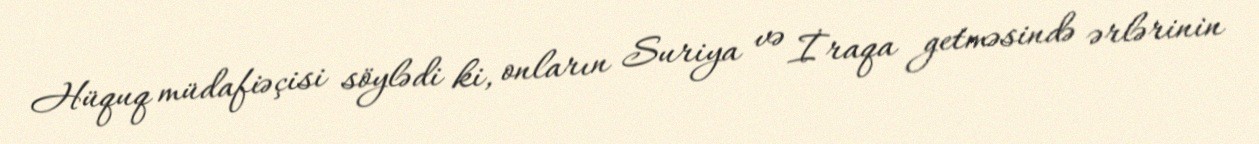
Hüquq müdafiəçisi söylədi ki, onların Suriya və İraqa getməsində ərlərinin